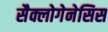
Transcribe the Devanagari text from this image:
सैक्लोगेनेसिस